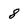
Character: 8